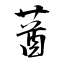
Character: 莤